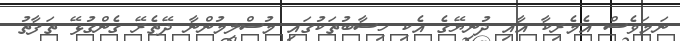
ނަމަވެސް އެމެރިކާ އާއި ދުނިޔޭގެ އެކި ހިސާބުތަކުގައި މުސްލިމުންނާ ދޭތެރޭ ގެންގުޅޭ ތަފާތު